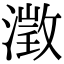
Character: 澂